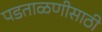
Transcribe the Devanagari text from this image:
पडताळणीसाठी